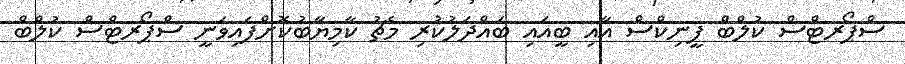
ސްޕޯރޓްސް ކުލްބް ފީނިކްސް އާއި ބީއައި ބައްދަލުކުރި މެޗު ކާމިޔާބުކޮށްފައިވަނީ ސްޕޯރޓްސް ކުލްބް